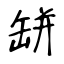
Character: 缾